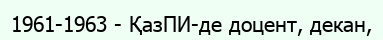
1961-1963 - ҚазПИ-де доцент, декан,